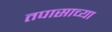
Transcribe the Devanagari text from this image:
तपासाच्या